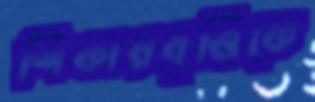
শিকারবৃত্তিকে